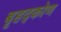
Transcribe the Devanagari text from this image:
बृहद्कोण